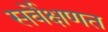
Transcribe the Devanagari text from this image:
सर्वेक्षणत